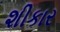
શીકાર